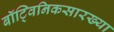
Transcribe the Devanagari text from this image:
बॉट्विनिकसारख्या